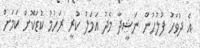
އެ ދުވަހު ފުލުހުން ނަޝީދާ މެދު އަމަލު ކުރީ ރަހުމު ކުޑަކޮށް ކަމަށް